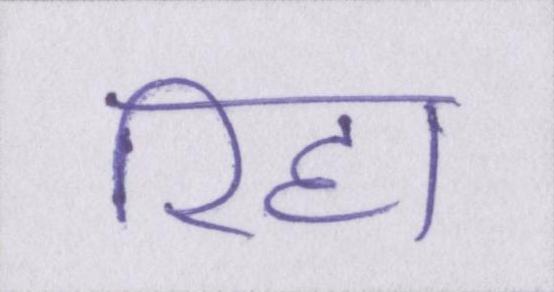
रिहा